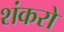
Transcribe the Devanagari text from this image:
शंकरो